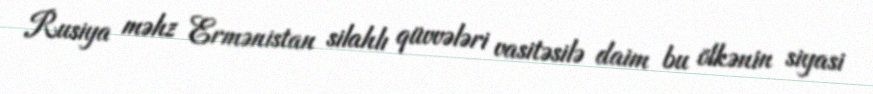
Rusiya məhz Ermənistan silahlı qüvvələri vasitəsilə daim bu ölkənin siyasi